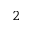
^ 2